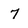
Character: 7